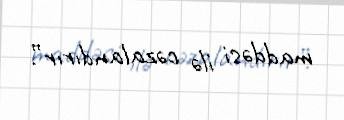
maddəsi ilə cəzalandırır”.